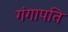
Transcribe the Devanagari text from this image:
गंगापति